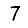
Digit: 7